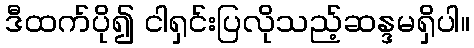
ဒီထက်ပို၍ ငါရှင်းပြလိုသည့်ဆန္ဒမရှိပါ။